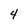
Character: 4